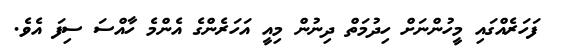
ފަހަރެއްގައި މީހުންނަށް ހިދުމަތް ދިނުން މިއީ އަހަރެންގެ އެންމެ ހާއްސަ ސިފަ އެވެ.